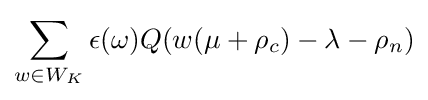
\sum _{w\in W_{K}}\epsilon (\omega )Q(w(\mu +\rho _{c})-\lambda -\rho _{n})